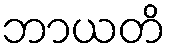
ဘာယတိ